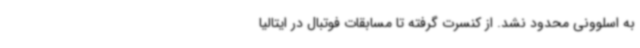
به اسلوونی محدود نشد. از کنسرت گرفته تا مسابقات فوتبال در ایتالیا